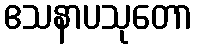
ဧသနာပသုတော